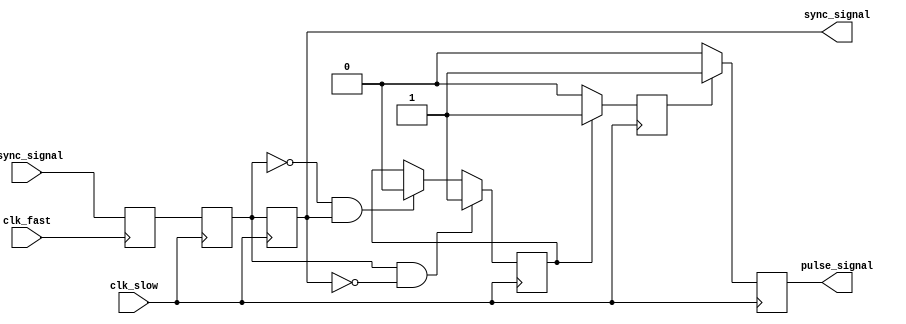
module pulsed_synchronizer (
    input wire async_signal,    // Input signal to be synchronized
    input wire clk_fast,        // Fast clock domain
    input wire clk_slow,        // Slow clock domain
    output reg sync_signal,      // Synchronized output signal
    output reg pulse_signal      // Pulsed output signal
);

    // Internal signals for the two-stage synchronization
    reg async_sync_1;           // First stage of synchronization
    reg async_sync_2;           // Second stage of synchronization

    // Pulse generation logic
    reg pulse_gen;              // Pulse generation flag
    reg pulse_reg;              // Pulse register
    parameter PULSE_WIDTH = 2;  // Pulse width in clock cycles

    // First stage of synchronization: capture on clk_fast
    always @(posedge clk_fast) begin
        async_sync_1 <= async_signal;
    end

    // Second stage of synchronization: capture on clk_slow
    always @(posedge clk_slow) begin
        async_sync_2 <= async_sync_1;
        sync_signal <= async_sync_2;

        // Generate pulse signal based on the transition of sync_signal
        if (async_sync_2 && !sync_signal) begin
            pulse_gen <= 1; // Start pulse on rising edge of sync_signal
        end else if (!async_sync_2 && sync_signal) begin
            pulse_gen <= 0; // Stop pulse on falling edge of sync_signal
        end
    end

    // Pulse generation logic
    always @(posedge clk_slow) begin
        if (pulse_gen) begin
            pulse_reg <= 1; // Assert pulse
        end else begin
            pulse_reg <= 0; // Deassert pulse
        end
    end

    // Generate a pulse for a defined width
    always @(posedge clk_slow) begin
        if (pulse_reg) begin
            pulse_signal <= 1; // Assert pulse
        end else if (pulse_signal) begin
            pulse_signal <= 0; // Deassert pulse
        end
    end

endmodule